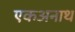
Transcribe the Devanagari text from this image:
एकअनाथ